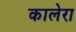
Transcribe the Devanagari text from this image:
कालेरा